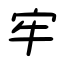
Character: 牢